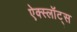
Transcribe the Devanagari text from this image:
ऐक्स्लॉट्स